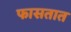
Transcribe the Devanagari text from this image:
फासतात